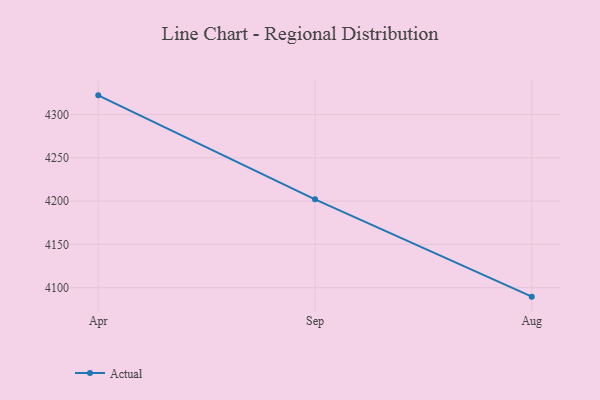
{"axis": {"x": "Month", "y": "Operating Costs (USD K)"}, "legend": ["Actual"], "data": [{"x": "Apr", "y": 4322.2, "type": "Actual"}, {"x": "Sep", "y": 4202.1, "type": "Actual"}, {"x": "Aug", "y": 4089.6, "type": "Actual"}]}